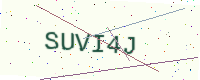
Text: SUVI4J